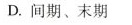
D.间期、末期